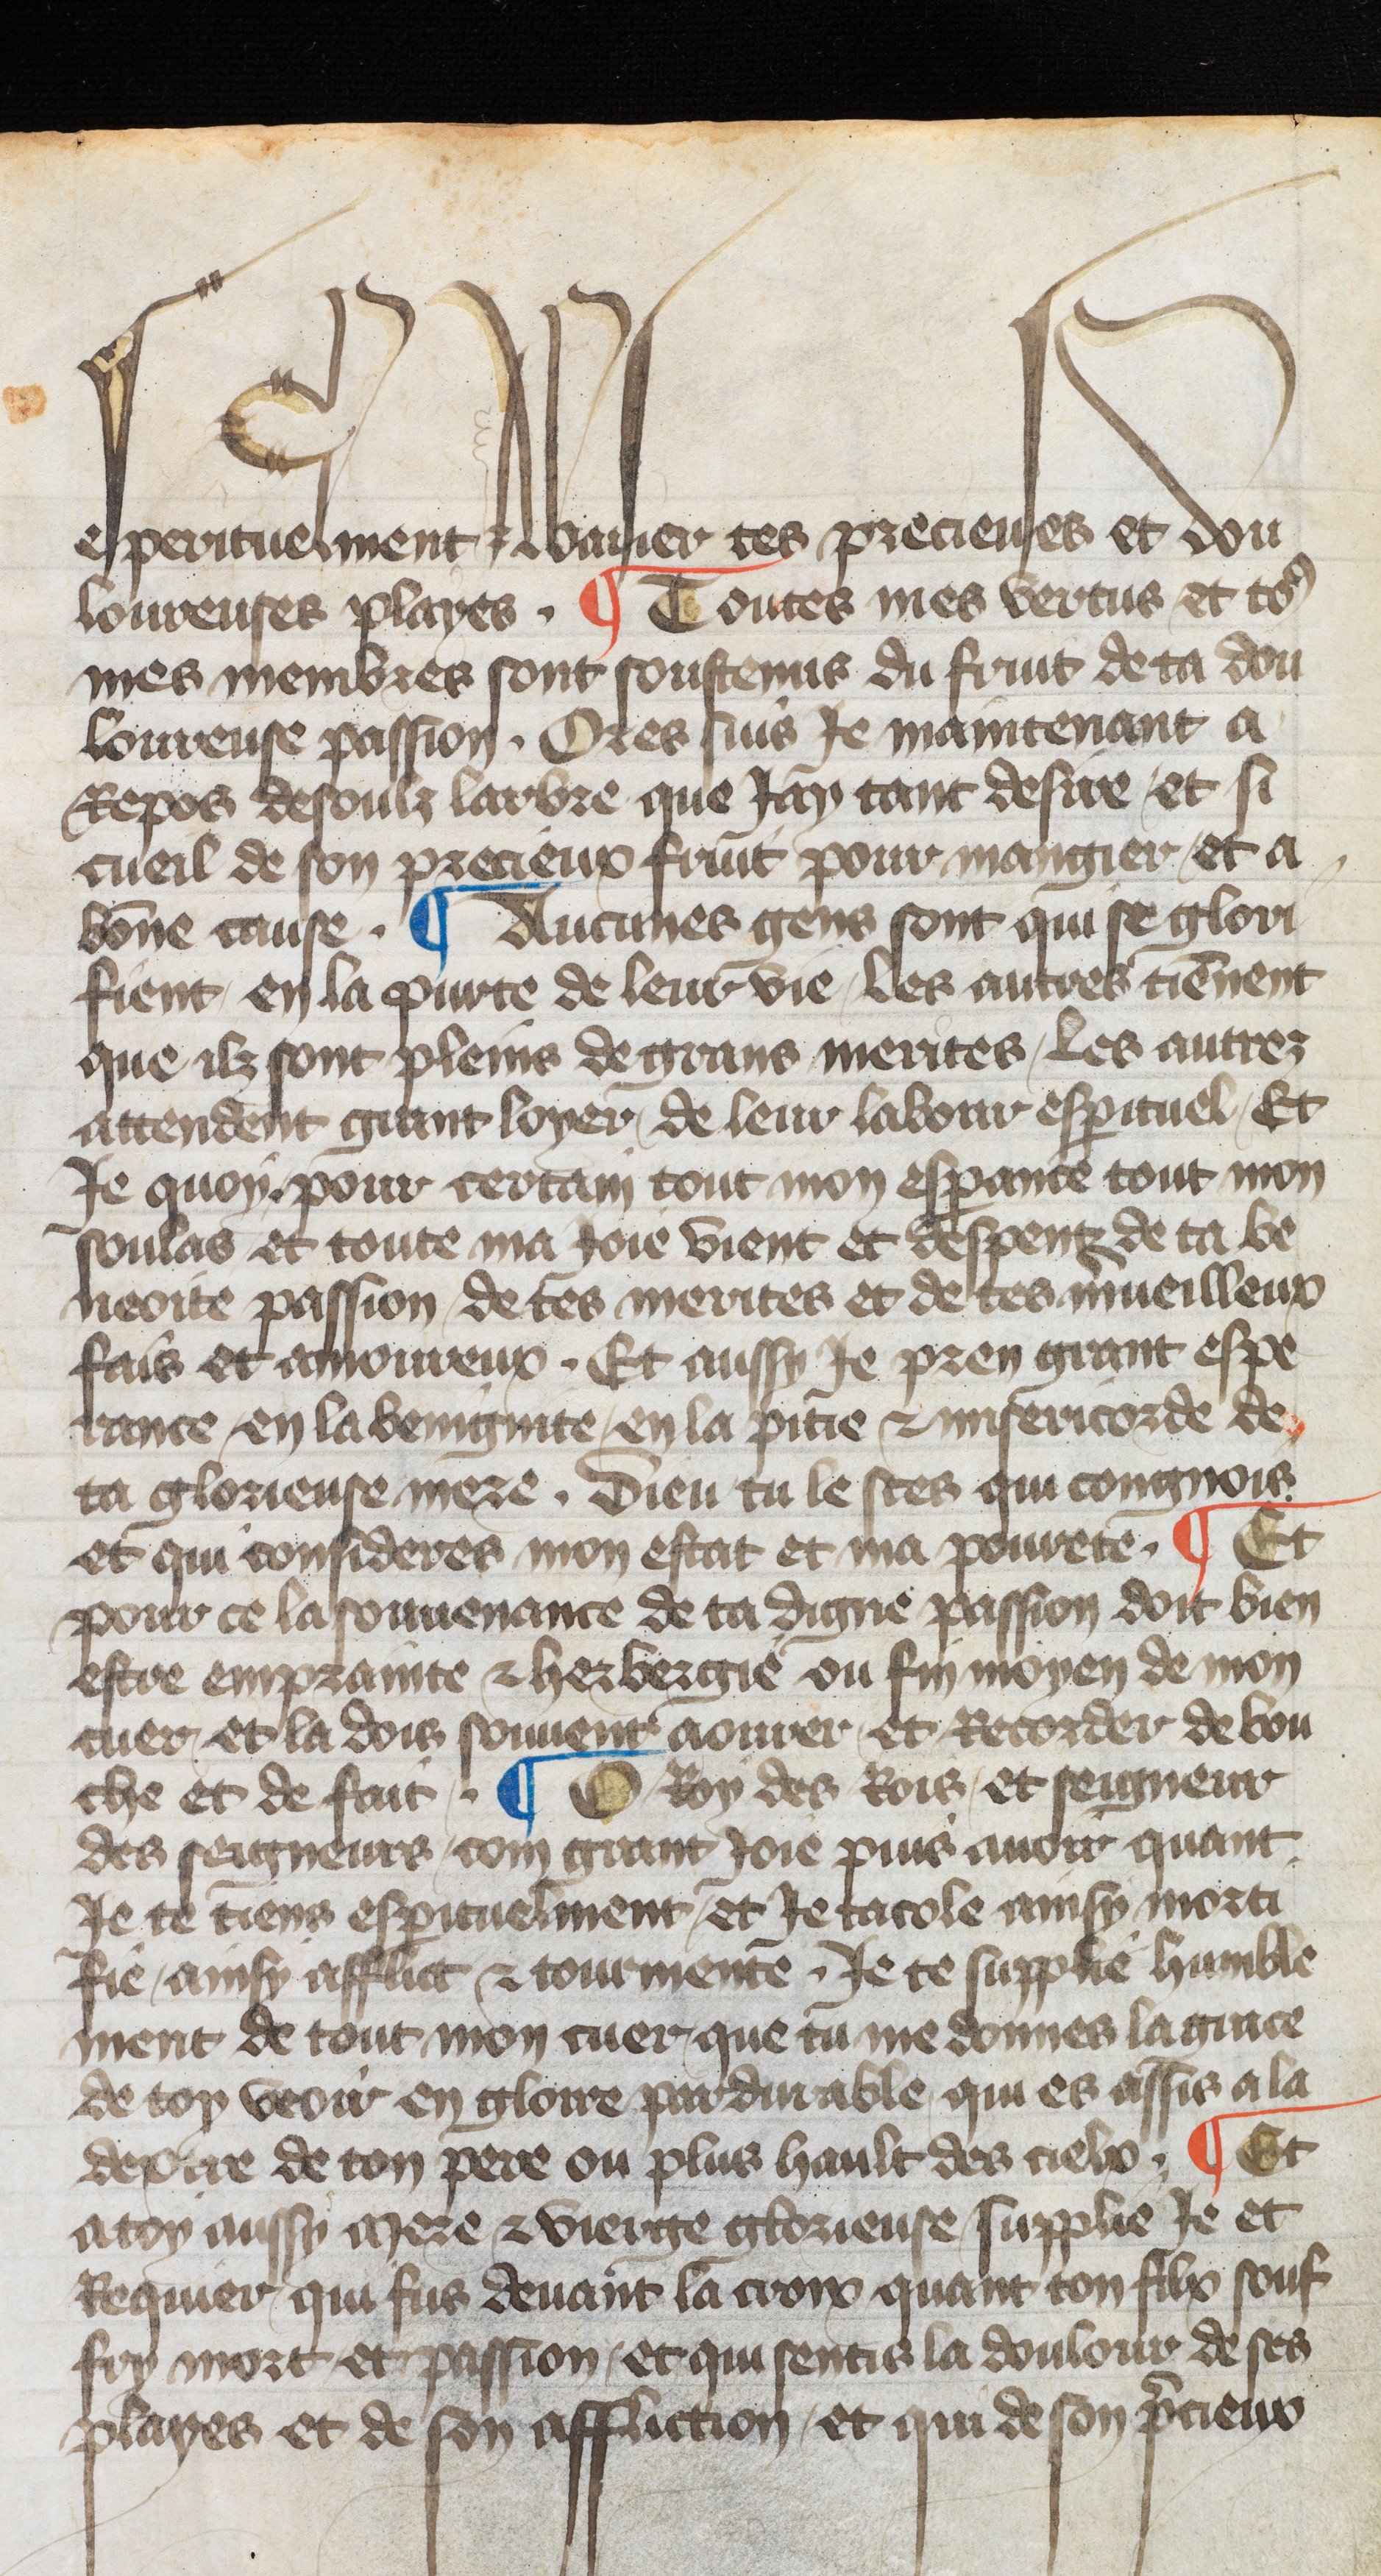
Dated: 1417–1417